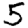
Digit: 5